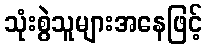
သုံးစွဲသူများအနေဖြင့်